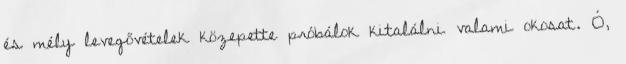
és mély levegővételek közepette próbálok kitalálni valami okosat. Ó,